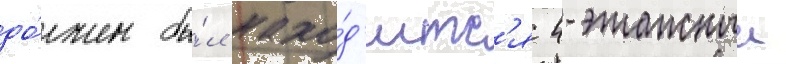
до́лжен бы́л нахо́д'итс'я 4-этажныи